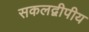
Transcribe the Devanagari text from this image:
सकलद्वीपीय